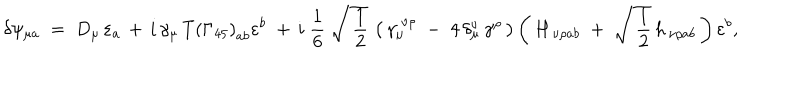
\delta \psi _ { \mu a } \; = \; D _ { \mu } \, \varepsilon _ { a } \, + \, i \, \gamma _ { \mu } \, T \left( \Gamma _ { 4 5 } \right) _ { a b } \varepsilon ^ { b } \; + \, i \; \frac { 1 } { 6 } \; \sqrt { \, \frac { 1 } { 2 } } \, \left( \, \gamma _ { \mu } ^ { \; \nu \rho } \; - \; 4 \, \delta _ { \mu } ^ { \nu } \, \gamma ^ { \rho } \, \right) \left( \, H _ { \, \nu \rho a b } \; + \; \sqrt { \, \frac { 1 } { 2 } } \, h _ { \, \nu \rho a b } \, \right) \varepsilon ^ { b } ,